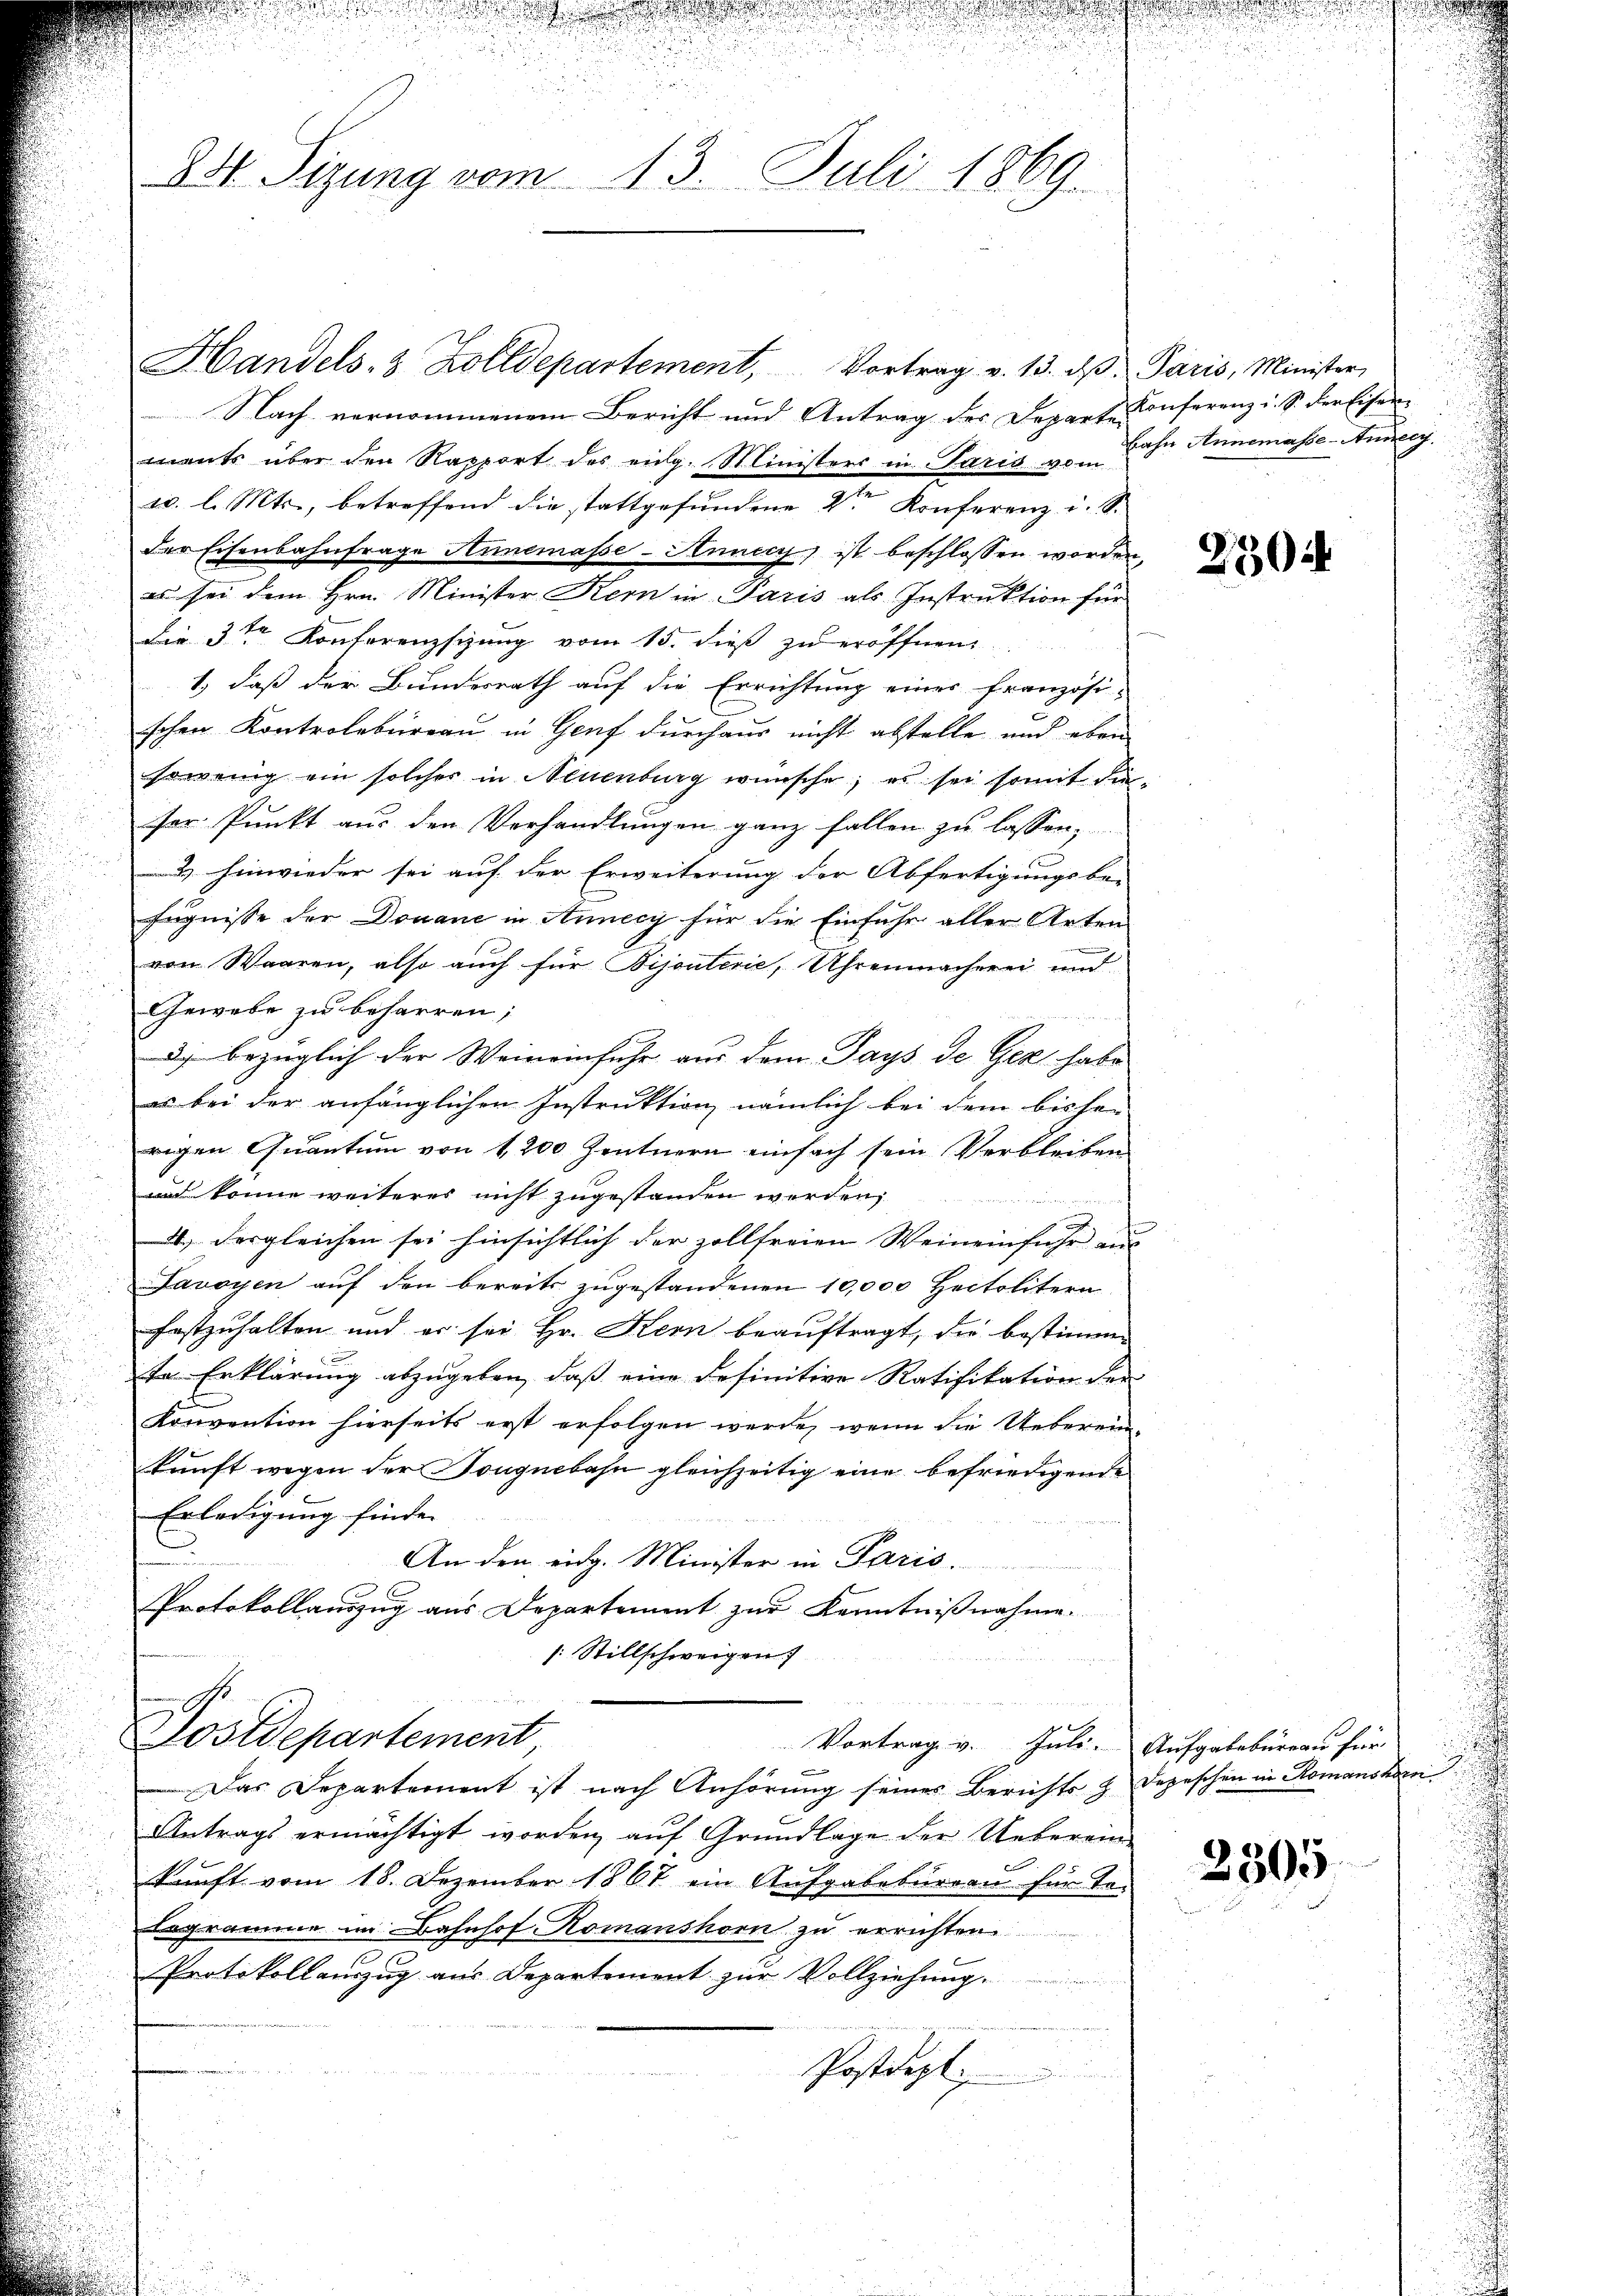
24. Sizung vom 13. Juli 1869.

Handels- & Zolldepartement, Vortrag v. 13. dβ. Paris, Minister
Nach vernommenem Bericht und Antrag des Departe Conferenz i. S. der Eisen
mants über den Rapport des eidg. Ministers in Paris von Lohn Annemasse-Annecy.
c. l. Mts., betreffend die stattgefundene 2ten Konferenz u. S.
der Eisenbahnfrage Annemasse-Annicy, ist beschlossen worden,
es sei dem Hrn. Minister Kern in Paris als Instruktion für
Die 3ten Konferenzsizung vom 15. dieß zu eröffnen
1., daß der Bundesrath auf die Errichtung einer französi-
schen Kontrolbureau in Genf durchaus nicht abstelle und eben
sowenig ein solches in Neuenburg wünsche; es sei somit die-
ser Punkt aus den Verhandlungen ganz fallen zu lassen,
7
& hinwieder sei auf der Erweiterung der Abfertigungsbe-
fugnisse der Donaue in Annecy für die Einfuhr aller Arten
von Waaren, also auch für Bijouterie, Uhrenmacherei und
Gewebe zu beharren;
3) bezüglich der Weineinfuhr aus dem Pays de Gez habe
es bei der anfänglichen Instruktion nämlich bei dem bisher
wegen Quantum von 1200 Zentnern einfach sein Verbleiben
und könne weiteres nicht zugestanden werden,
4.) Dergleichen sei hinsichtlich der zollfreien Weineinfuhr aus- |
Lavoyen auf den bereits zugestandenen 10,000 Heitolitern
festzuhalten und er sei Hr. Kern beauftragt, die bestimm-
te Erklärung abzugeben, daß eine definitive Ratifikation der
Konvention hierseits erst erfolgen werde, wenn die Ueberein-
kunft wegen der Tongnebahn gleichzeitig eine befriedigende
Erledigung finde. |

c
An den eidg. Minister in Paris.
Protokollauszug aus Departement zur Kenntnißnahme.
: Stillschweigen
Postdepartement,
Vortrag v. Juli. Aufgabebüreau für
f x
Das Departement ist nach Anhörung seines Berichts z. Depeschen in Romanskorri¬
Antrags ermächtigt worden, auf Grundlage der Ueberein-
kunft vom 18. Dezember 1867 ein Aufgabebureau für Te-
Legramme im Bahnhof Komanshorn zu errichten
Protokollanzug aus Departement zur Vollziehung
Postdept

n

250

e

2505

u